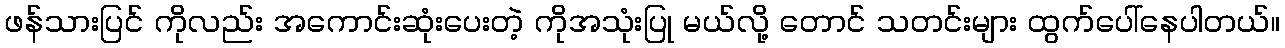
ဖန်သားပြင် ကိုလည်း အကောင်းဆုံးပေးတဲ့ ကိုအသုံးပြု မယ်လို့ တောင် သတင်းများ ထွက်ပေါ်နေပါတယ်။